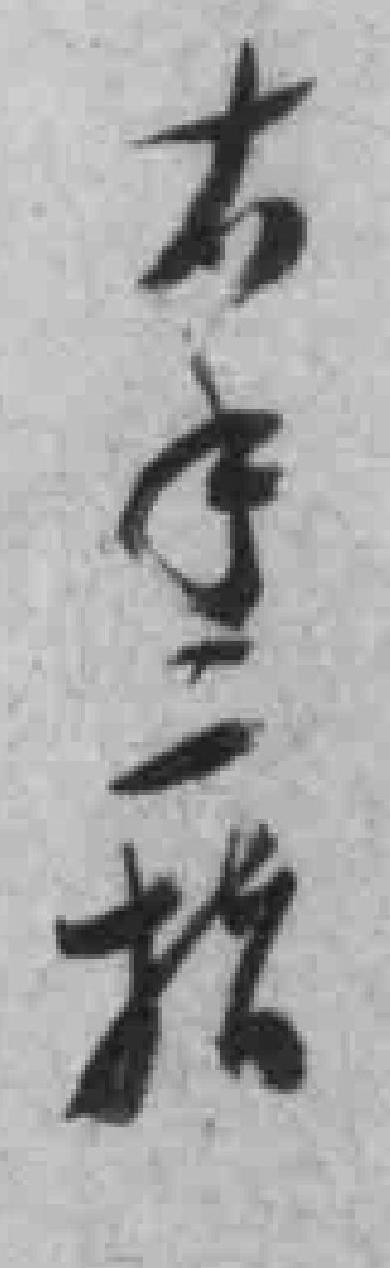
右手二指